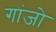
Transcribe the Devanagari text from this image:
गांजो